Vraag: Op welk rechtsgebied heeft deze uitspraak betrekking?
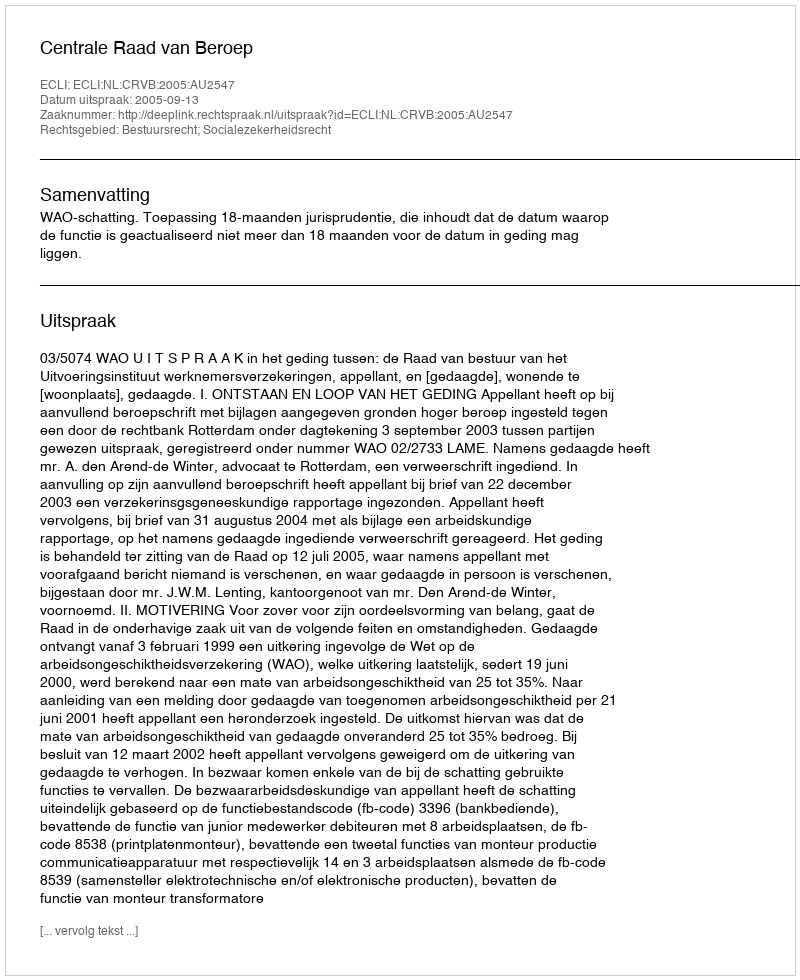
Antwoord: Bestuursrecht; Socialezekerheidsrecht